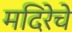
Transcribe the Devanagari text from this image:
मदिरेचे